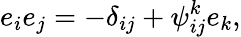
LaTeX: e_{i}e_{j}=-\delta_{ij}+\psi_{ij}^{k}e_{k},